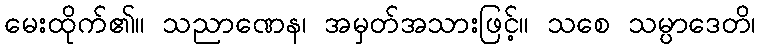
မေးထိုက်၏။ သညာဏေန၊ အမှတ်အသားဖြင့်။ သစေ သမ္ပာဒေတိ၊